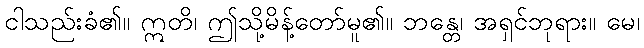
ငါသည်းခံ၏။ ဣတိ၊ ဤသို့မိန့်တော်မူ၏။ ဘန္တေ၊ အရှင်ဘုရား။ မေ၊